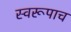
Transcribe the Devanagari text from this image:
स्वरूपाच